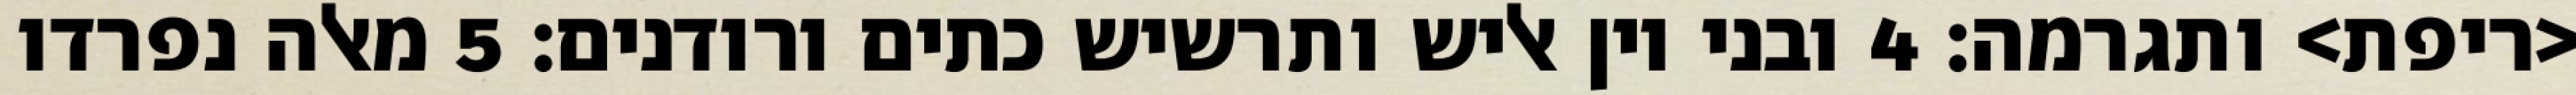
<ריפת> ותגרמה׃ ‎4‏ ובני יון אליש ותרשיש כתים ורודנים׃ ‎5‏ מאלה נפרדו